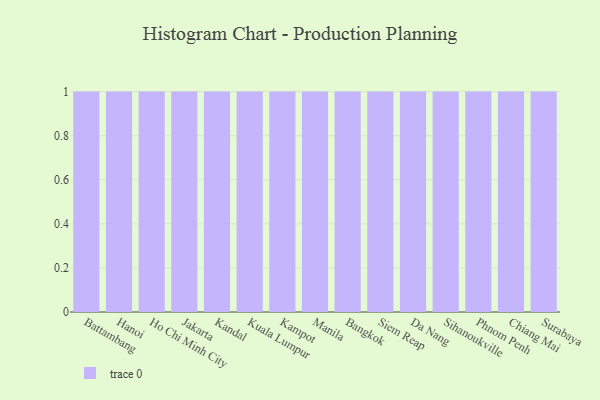
{"axis": {"x": "City", "y": "Energy Usage (MWh)"}, "legend": [""], "data": [{"x": "Battambang", "y": 79, "type": ""}, {"x": "Hanoi", "y": 11, "type": ""}, {"x": "Ho Chi Minh City", "y": 74, "type": ""}, {"x": "Jakarta", "y": 18, "type": ""}, {"x": "Kandal", "y": 80, "type": ""}, {"x": "Kuala Lumpur", "y": 12, "type": ""}, {"x": "Kampot", "y": 65, "type": ""}, {"x": "Manila", "y": 29, "type": ""}, {"x": "Bangkok", "y": 6, "type": ""}, {"x": "Siem Reap", "y": 74, "type": ""}, {"x": "Da Nang", "y": 87, "type": ""}, {"x": "Sihanoukville", "y": 50, "type": ""}, {"x": "Phnom Penh", "y": 36, "type": ""}, {"x": "Chiang Mai", "y": 8, "type": ""}, {"x": "Surabaya", "y": 93, "type": ""}]}